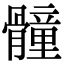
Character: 𩪘